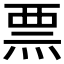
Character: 𱫔